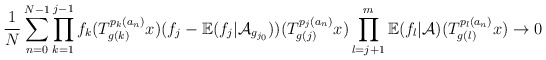
\begin{align*} \frac{1}{N}\sum_{n=0}^{N-1}\prod_{k=1}^{j-1}f_k(T_{g(k)}^{p_k(a_n)}x) (f_j-\mathbb{E}(f_j|\mathcal{A}_{g_{j_0}}))(T_{g(j)}^{p_j(a_n)}x)\prod_{l=j+1}^{m}\mathbb{E}(f_{l}|\mathcal{A})(T_{g(l)}^{p_{l}(a_n)}x)\rightarrow 0 \end{align*}